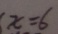
x = 6